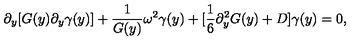
\partial _ { y } [ G ( y ) \partial _ { y } \gamma ( y ) ] + \frac { 1 } { G ( y ) } \omega ^ { 2 } \gamma ( y ) + [ \frac { 1 } { 6 } \partial _ { y } ^ { 2 } G ( y ) + D ] \gamma ( y ) = 0 ,